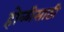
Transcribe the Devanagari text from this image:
होळीसाठी